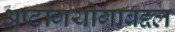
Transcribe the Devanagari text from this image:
अष्टांगयोगाबद्दल